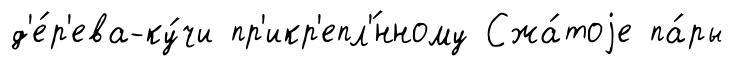
д'е́р'ева-ку́чи пр'икр'епл'́нному Сжа́тоjе па́ры